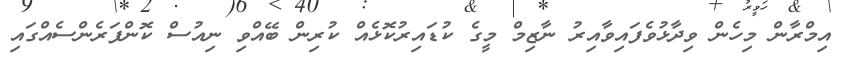
އިމްރާން މިހެން ވިދާޅުވެފައިވާއިރު ނާޒިމް މީގެ ކުޑައިރުކޮޅެއް ކުރިން ބޭއްވި ނިއުސް ކޮންފަރެންސެއްގައި